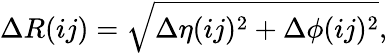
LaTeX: \Delta R({ij})=\sqrt{\Delta\eta({ij})^{2}+\Delta\phi({ij})^{2}},